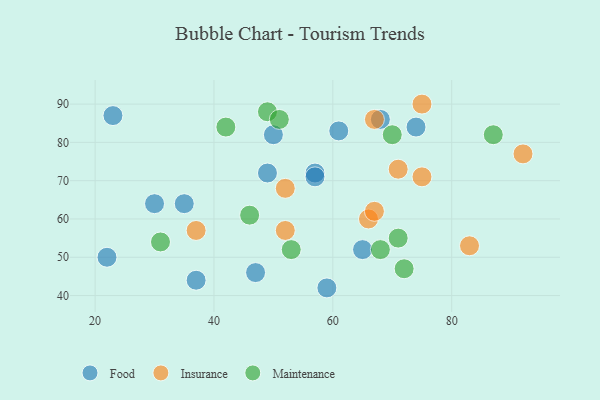
{"axis": {"x": "GDP", "y": "Life Expectancy"}, "legend": ["Food", "Insurance", "Maintenance"], "data": [{"x": "35", "y": 64, "type": "Food"}, {"x": "57", "y": 72, "type": "Food"}, {"x": "50", "y": 82, "type": "Food"}, {"x": "23", "y": 87, "type": "Food"}, {"x": "22", "y": 50, "type": "Food"}, {"x": "47", "y": 46, "type": "Food"}, {"x": "74", "y": 84, "type": "Food"}, {"x": "49", "y": 72, "type": "Food"}, {"x": "61", "y": 83, "type": "Food"}, {"x": "59", "y": 42, "type": "Food"}, {"x": "68", "y": 86, "type": "Food"}, {"x": "37", "y": 44, "type": "Food"}, {"x": "57", "y": 71, "type": "Food"}, {"x": "65", "y": 52, "type": "Food"}, {"x": "30", "y": 64, "type": "Food"}, {"x": "83", "y": 53, "type": "Insurance"}, {"x": "75", "y": 90, "type": "Insurance"}, {"x": "66", "y": 60, "type": "Insurance"}, {"x": "75", "y": 71, "type": "Insurance"}, {"x": "37", "y": 57, "type": "Insurance"}, {"x": "92", "y": 77, "type": "Insurance"}, {"x": "52", "y": 57, "type": "Insurance"}, {"x": "71", "y": 73, "type": "Insurance"}, {"x": "67", "y": 86, "type": "Insurance"}, {"x": "67", "y": 62, "type": "Insurance"}, {"x": "52", "y": 68, "type": "Insurance"}, {"x": "71", "y": 55, "type": "Maintenance"}, {"x": "72", "y": 47, "type": "Maintenance"}, {"x": "87", "y": 82, "type": "Maintenance"}, {"x": "49", "y": 88, "type": "Maintenance"}, {"x": "31", "y": 54, "type": "Maintenance"}, {"x": "68", "y": 52, "type": "Maintenance"}, {"x": "51", "y": 86, "type": "Maintenance"}, {"x": "46", "y": 61, "type": "Maintenance"}, {"x": "42", "y": 84, "type": "Maintenance"}, {"x": "70", "y": 82, "type": "Maintenance"}, {"x": "53", "y": 52, "type": "Maintenance"}]}